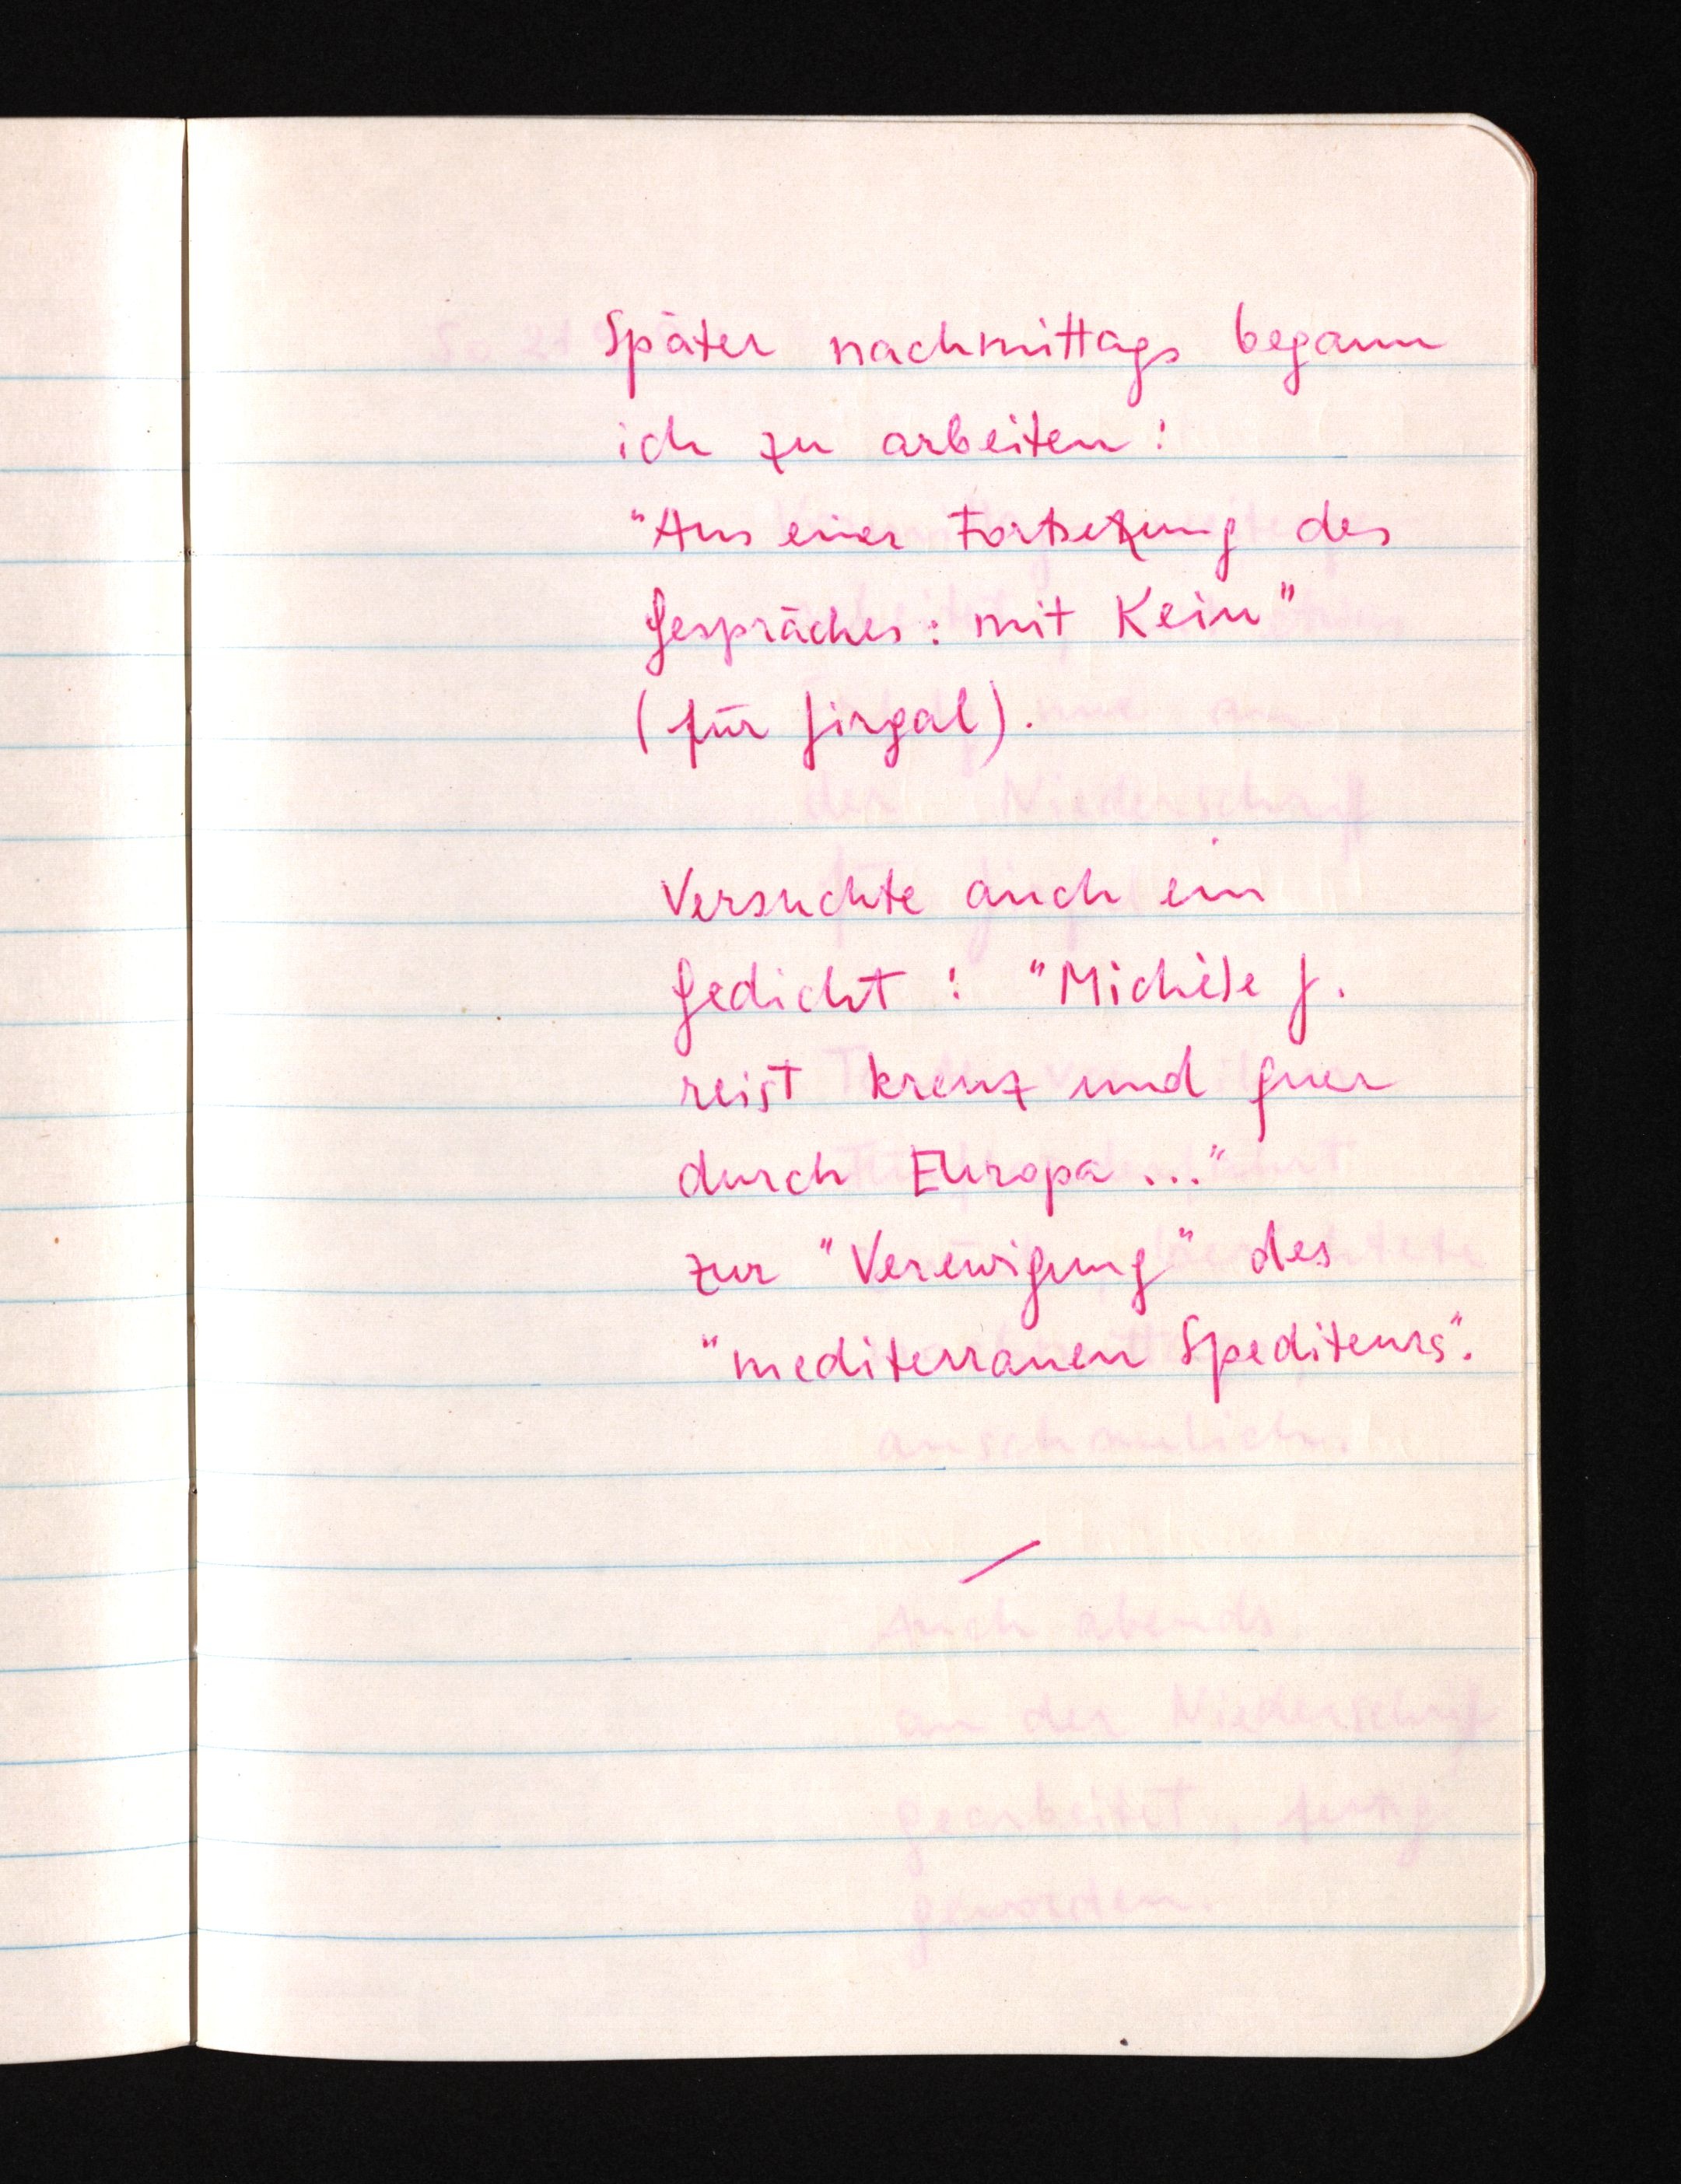
Später nachmittags begann
ich zu arbeiten:
"Aus einer Fortsetzung des
Gespräches: mit Kein"
(für Jirgal).
Versuchte auch ein
Gedicht: "Michèle J.
reist kreuz und quer
durch Europa ..."
zur "Verewigung" des
"mediterranen Spediteurs".